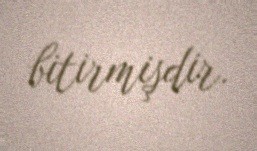
bitirmişdir.